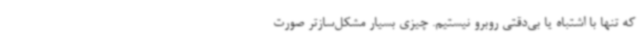
که تنها با اشتباه یا بی‌دقتی روبرو نیستیم. چیزی بسیار مشکل‌سازتر صورت